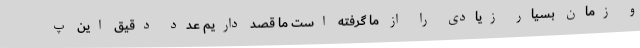
و زمان بسیار زیادی را از ما گرفته است ما قصد داریم عدد دقیق این پ